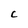
Character: C